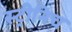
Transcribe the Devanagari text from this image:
स्ट्रीनिच